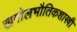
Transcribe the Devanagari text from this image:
खगोलभौतिकशास्त्री